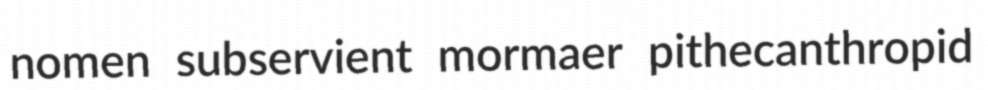
nomen subservient mormaer pithecanthropid